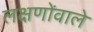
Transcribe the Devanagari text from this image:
लक्षणोंवाले